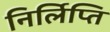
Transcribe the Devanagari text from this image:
निर्लिप्ति